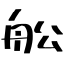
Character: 舩